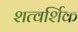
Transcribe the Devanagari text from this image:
शत्वर्शिक